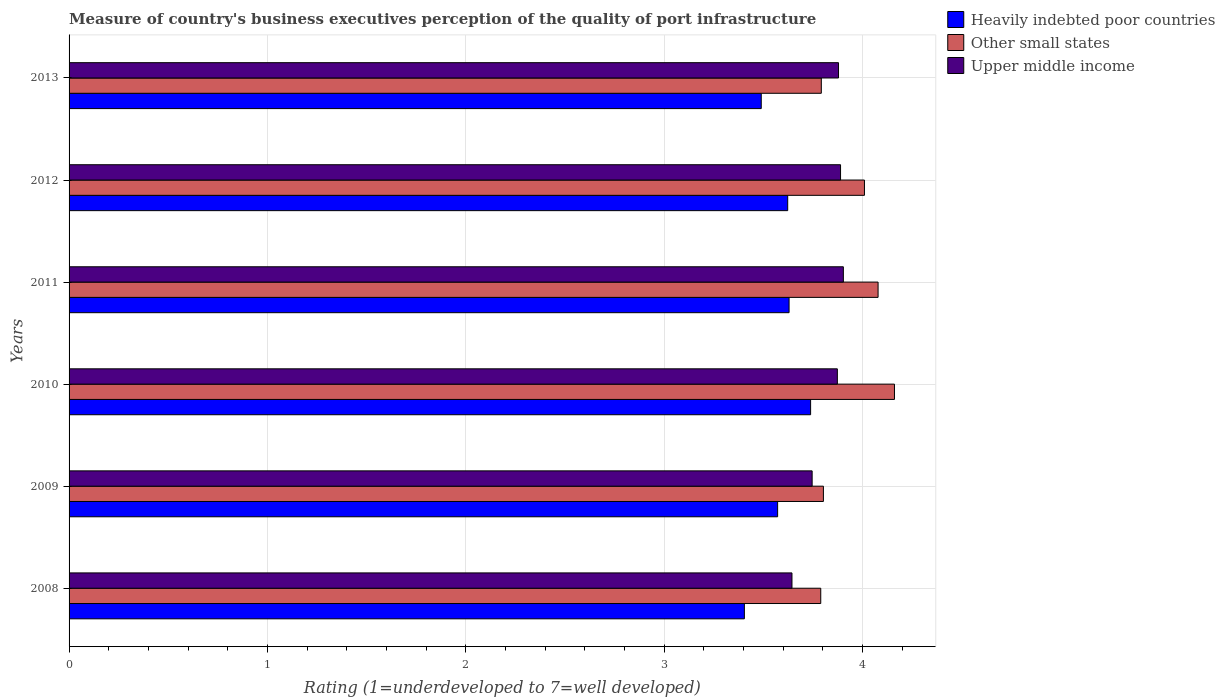
| Years | Heavily indebted poor countries | Other small states | Upper middle income |
 | --- | --- | --- | --- |
 | 2008 | 3.4 | 3.79 | 3.64 |
 | 2009 | 3.57 | 3.8 | 3.75 |
 | 2010 | 3.74 | 4.16 | 3.87 |
 | 2011 | 3.63 | 4.08 | 3.9 |
 | 2012 | 3.62 | 4.01 | 3.89 |
 | 2013 | 3.49 | 3.79 | 3.88 |